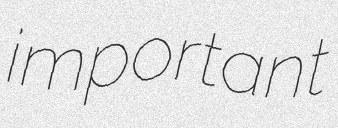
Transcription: important